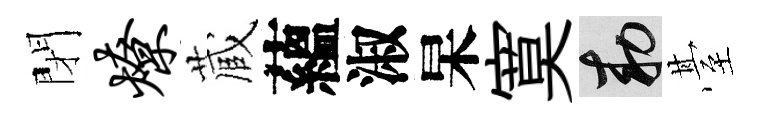
閉燎蔵蘊淑杲寞敕䑓